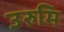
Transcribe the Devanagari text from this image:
उरुमि